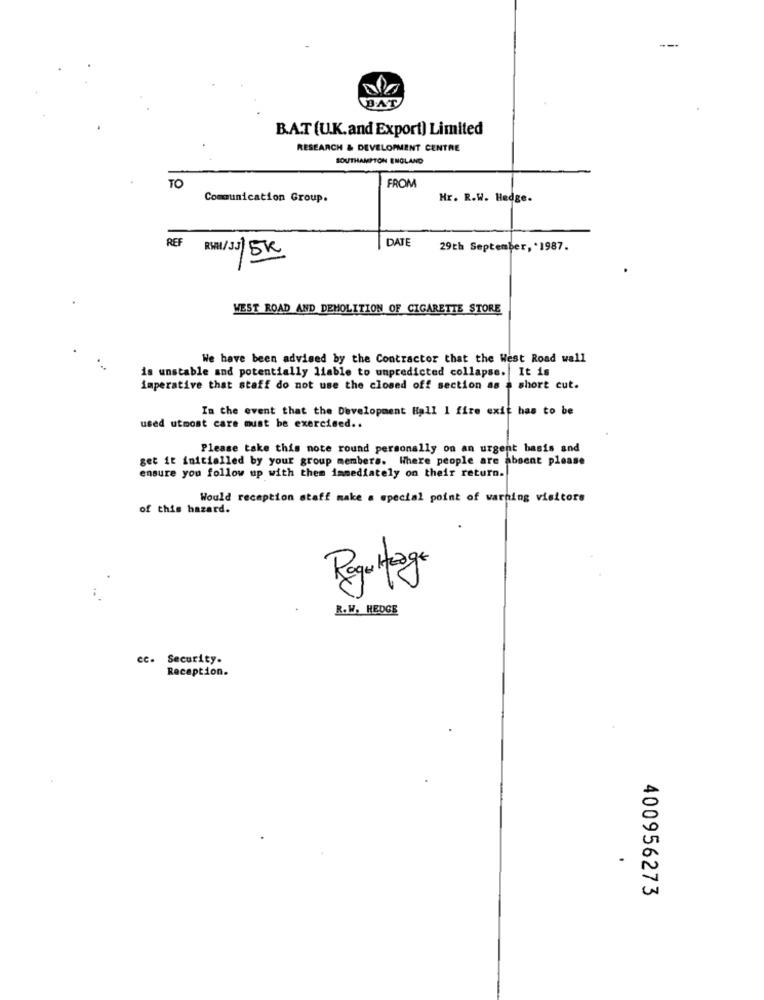
B.AT
B.A.T (U.K.and Export) Limited
RESEARCH & DEVELOPMENT CENTRE
SOUTHAMPTON ENGLAND
TO
FROM
Communication Group.
Hr. R.W. Hedge.
REF
DATE
29th September, * 1987.
RSA/JJ 5K
WEST ROAD AND DEMOLITION OF CIGARETTE STORE
We have been advised by the Contractor that the West Road wall
is unstable and potentially liable to unpredicted collapse. It is
imperative that staff do not use the closed off section as a short cut.
In the event that the Development Hall 1 fire exit has to be
used utmost care must be exercised ..
Please take this note round personally on an urgent basis and
get it initialled by your group members. Where people are absent please
ensure you follow up with them immediately on their return.
Would reception staff make a special point of warning visitors
of this hazard.
Regultag
R. W. HEDGE
cc.
Security.
Recaption.
400956273